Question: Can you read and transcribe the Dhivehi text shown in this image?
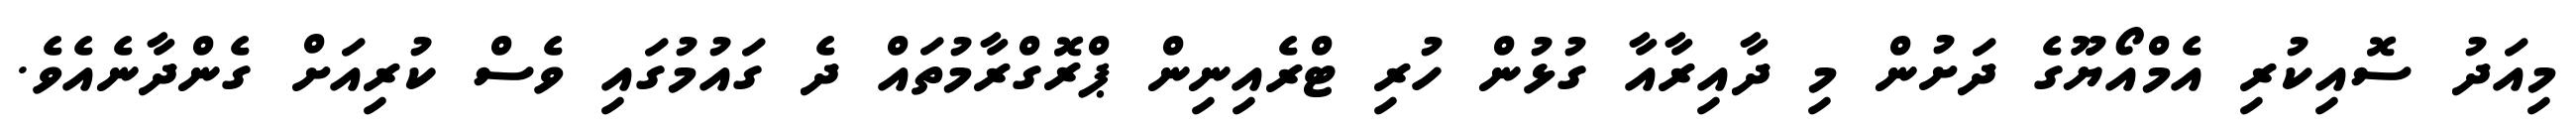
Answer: މިއަދު ސޮއިކުރި އެމްއޯޔޫގެ ދަށުން މި ދާއިރާއާ ގުޅުން ހުރި ޓްރެއިނިން ޕްރޮގްރާމުތައް ދެ ގައުމުގައި ވެސް ކުރިއަށް ގެންދާނެއެވެ.